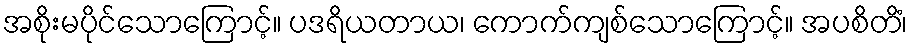
အစိုးမပိုင်သောကြောင့်။ ပဒရိယတာယ၊ ကောက်ကျစ်သောကြောင့်။ အပစိတိံ၊